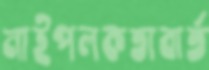
নাইপলকতাবার্ত